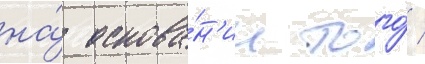
на́ основа́н'ии того́ /